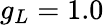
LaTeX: g_{L}=1.0